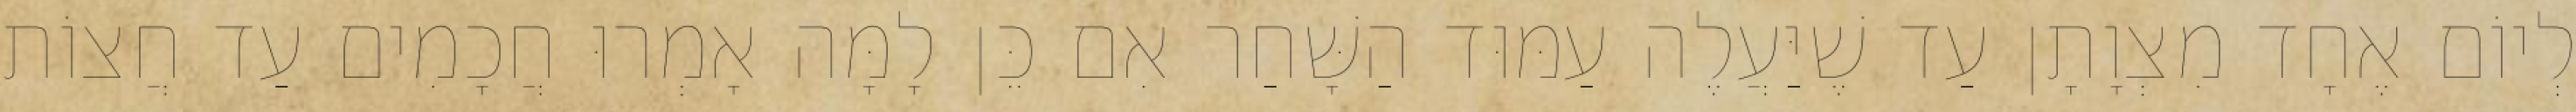
לְיוֹם אֶחָד מִצְוָתָן עַד שֶׁיַּעֲלֶה עַמּוּד הַשָּׁחַר אִם כֵּן לָמָּה אָמְרוּ חֲכָמִים עַד חֲצוֹת